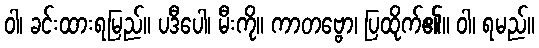
ဝါ၊ ခင်းထားရမြည်။ ပဒီပေါ၊ မီးကို။ ကာတဗ္ဗော၊ ပြထိုက်၏။ ဝါ၊ ရမည်။